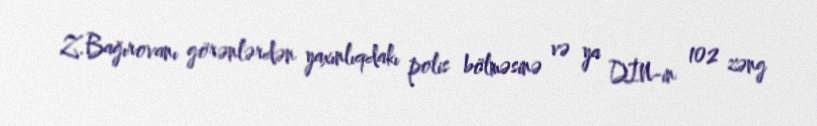
Z.Bağırovanı görənlərdən yaxınlıqdakı polis bölməsinə və ya DİN-in 102 zəng